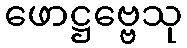
ဖောဋ္ဌဗ္ဗေသု